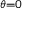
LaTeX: \scriptstyle { \theta = 0 }